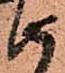
由